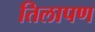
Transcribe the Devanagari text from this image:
तिलापण